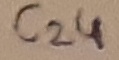
Text: C24